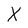
Character: X